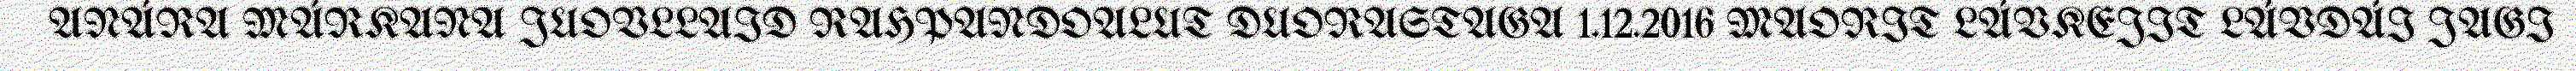
ANÁRA MÁRKANA JUOVLLAID RAHPANDOALUT DUORASTAGA 1.12.2016 MAORIT LÁVKEJIT LÁVDÁI JAGI